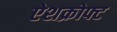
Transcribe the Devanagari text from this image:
ऐशक्रोफ्ट